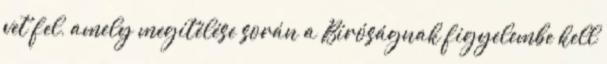
vet fel, amely megítélése során a Bíróságnak figyelembe kell